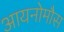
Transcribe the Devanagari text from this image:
आयनोमौस